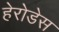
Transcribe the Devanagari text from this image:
हेरोडेस